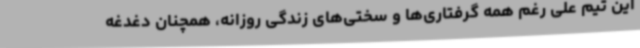
این تیم علی رغم همه گرفتاری‌ها و سختی‌های زندگی روزانه، همچنان دغدغه